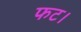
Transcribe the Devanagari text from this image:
फट।